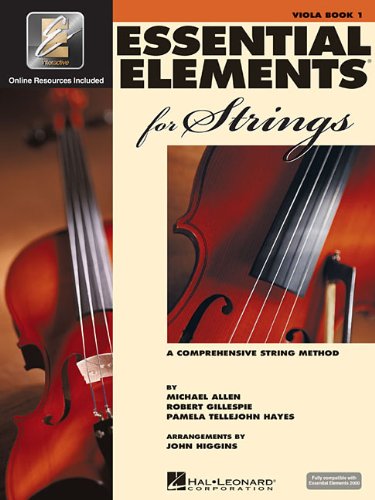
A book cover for Essential Elements for Strings - Book 1 with EEi: Viola; Robert Gillespie; Arts & Photography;